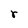
Character: r